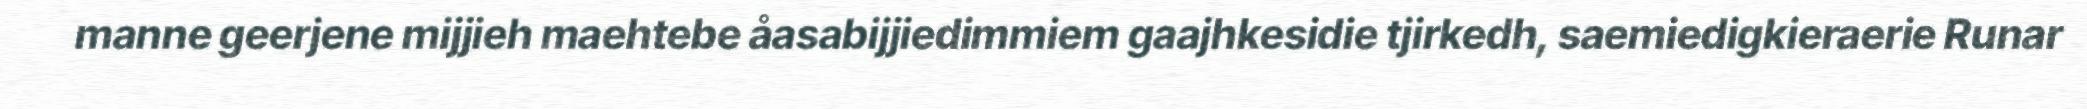
manne geerjene mijjieh maehtebe åasabijjiedimmiem gaajhkesidie tjirkedh, saemiedigkieraerie Runar